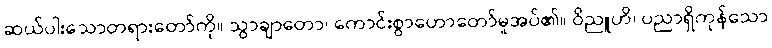
ဆယ်ပါးသောတရားတော်ကို။ သွာချာတော၊ ကောင်းစွာဟောတော်မူအပ်၏။ ဝိညူဟိ၊ ပညာရှိကုန်သော